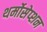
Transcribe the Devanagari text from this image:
थर्मोसेप्शन